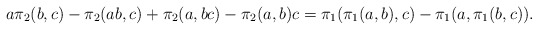
\begin{align*}a\pi_2(b,c) - \pi_2(ab,c) + \pi_2(a,bc) - \pi_2(a,b)c = \pi_1(\pi_1(a,b),c) - \pi_1(a,\pi_1(b,c)).\end{align*}